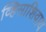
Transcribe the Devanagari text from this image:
व्हिसाशिवाय